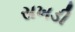
સખડી